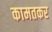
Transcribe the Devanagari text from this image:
कामतकर